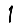
Digit: 1